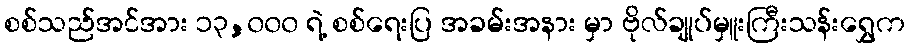
စစ်သည်အင်အား ၁၃,၀၀၀ ရဲ့ စစ်ရေးပြ အခမ်းအနား မှာ ဗိုလ်ချုပ်မှူးကြီးသန်းရွှေက